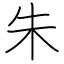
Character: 朱